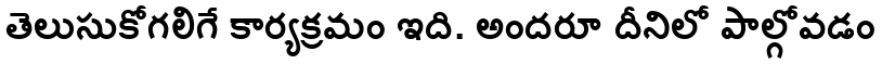
తెలుసుకోగలిగే కార్యక్రమం ఇది. అందరూ దీనిలో పాల్గోవడం